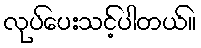
လုပ်ပေးသင့်ပါတယ်။